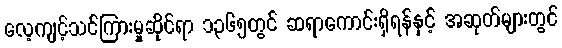
လေ့ကျင့်သင်ကြားမှုဆိုင်ရာ ၁၃၆၅တွင် ဆရာကောင်းရှိရန်နှင့် အဆုတ်များတွင်